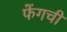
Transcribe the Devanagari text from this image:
फेंगची